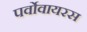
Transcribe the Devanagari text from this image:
पर्वोवायरस